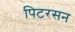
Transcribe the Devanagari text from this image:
पिटरसन